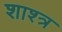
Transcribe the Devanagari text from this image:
शाश्त्र